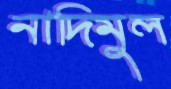
নাদিমুল